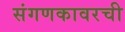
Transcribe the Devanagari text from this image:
संगणकावरची